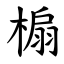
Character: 㮼